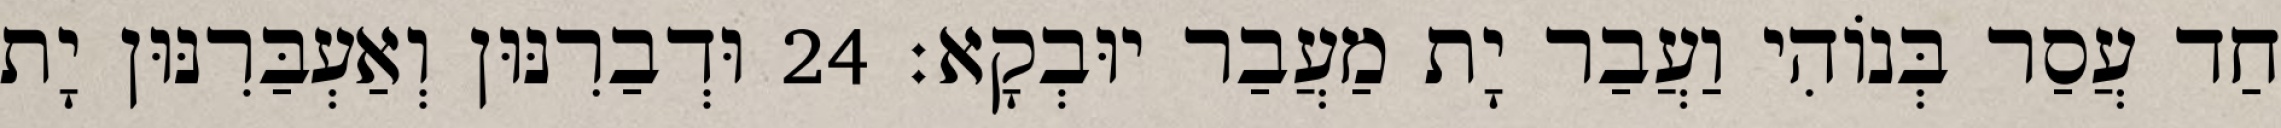
חַד עֲסַר בְּנוֹהִי וַעֲבַר יָת מַעֲבַר יוּבְקָא׃ 24 וּדְבַרִנּוּן וְאַעְבַּרִנּוּן יָת